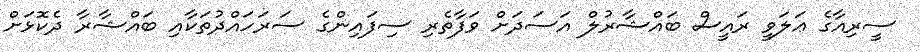
ސީރިއާގެ ޢަލަވީ ރައީސް ބައްޝާރުލް އަސަދަށް ވަފާތެރި ސިފައިންގެ ސަރަހައްދުތަކާއި ބައްޝާރާ ދެކޮޅަށް